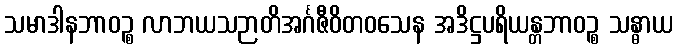
သမာဒါနဘာဝဉ္စ လာဘယသဉာတိအင်္ဂဇီဝိတဝသေန အဒိဋ္ဌပရိယန္တဘာဝဉ္စ သန္ဓာယ